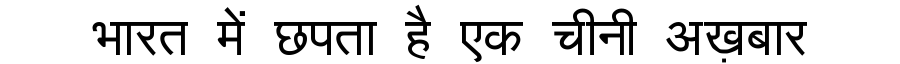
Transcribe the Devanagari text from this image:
भारत में छपता है एक चीनी अख़बार